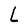
Character: L